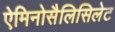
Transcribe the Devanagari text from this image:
ऐमिनोसैलिसिलेट